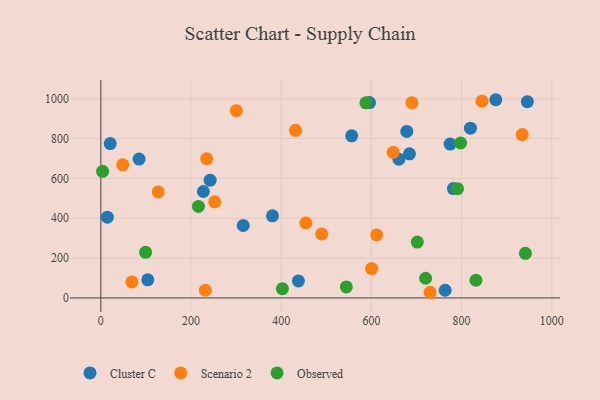
{"axis": {"x": "Investment", "y": "Salary"}, "legend": ["Cluster C", "Observed", "Scenario 2"], "data": [{"x": "227.3", "y": 534.3, "type": "Cluster C"}, {"x": "104.0", "y": 90.8, "type": "Cluster C"}, {"x": "774.6", "y": 772.4, "type": "Cluster C"}, {"x": "945.9", "y": 985.3, "type": "Cluster C"}, {"x": "678.5", "y": 835.9, "type": "Cluster C"}, {"x": "660.9", "y": 696.1, "type": "Cluster C"}, {"x": "315.7", "y": 363.7, "type": "Cluster C"}, {"x": "14.4", "y": 405.3, "type": "Cluster C"}, {"x": "875.9", "y": 994.9, "type": "Cluster C"}, {"x": "438.1", "y": 85.4, "type": "Cluster C"}, {"x": "556.3", "y": 813.5, "type": "Cluster C"}, {"x": "684.4", "y": 723.3, "type": "Cluster C"}, {"x": "84.7", "y": 697.1, "type": "Cluster C"}, {"x": "242.3", "y": 591.1, "type": "Cluster C"}, {"x": "819.6", "y": 852.3, "type": "Cluster C"}, {"x": "380.6", "y": 412.0, "type": "Cluster C"}, {"x": "595.8", "y": 980.8, "type": "Cluster C"}, {"x": "20.7", "y": 774.7, "type": "Cluster C"}, {"x": "781.8", "y": 548.8, "type": "Cluster C"}, {"x": "763.5", "y": 38.6, "type": "Cluster C"}, {"x": "454.6", "y": 376.2, "type": "Scenario 2"}, {"x": "600.6", "y": 147.3, "type": "Scenario 2"}, {"x": "489.8", "y": 321.1, "type": "Scenario 2"}, {"x": "127.2", "y": 532.2, "type": "Scenario 2"}, {"x": "934.5", "y": 820.1, "type": "Scenario 2"}, {"x": "689.7", "y": 980.3, "type": "Scenario 2"}, {"x": "231.6", "y": 38.6, "type": "Scenario 2"}, {"x": "611.7", "y": 316.1, "type": "Scenario 2"}, {"x": "234.7", "y": 698.7, "type": "Scenario 2"}, {"x": "252.5", "y": 482.5, "type": "Scenario 2"}, {"x": "431.6", "y": 841.2, "type": "Scenario 2"}, {"x": "845.3", "y": 987.6, "type": "Scenario 2"}, {"x": "730.1", "y": 28.4, "type": "Scenario 2"}, {"x": "648.4", "y": 731.1, "type": "Scenario 2"}, {"x": "300.4", "y": 939.7, "type": "Scenario 2"}, {"x": "48.5", "y": 668.3, "type": "Scenario 2"}, {"x": "68.7", "y": 80.2, "type": "Scenario 2"}, {"x": "216.4", "y": 459.1, "type": "Observed"}, {"x": "3.9", "y": 635.4, "type": "Observed"}, {"x": "701.8", "y": 280.6, "type": "Observed"}, {"x": "790.9", "y": 548.2, "type": "Observed"}, {"x": "402.6", "y": 46.3, "type": "Observed"}, {"x": "544.4", "y": 55.4, "type": "Observed"}, {"x": "720.2", "y": 98.8, "type": "Observed"}, {"x": "941.5", "y": 224.1, "type": "Observed"}, {"x": "99.2", "y": 228.8, "type": "Observed"}, {"x": "587.8", "y": 979.3, "type": "Observed"}, {"x": "797.8", "y": 777.7, "type": "Observed"}, {"x": "831.8", "y": 88.7, "type": "Observed"}]}